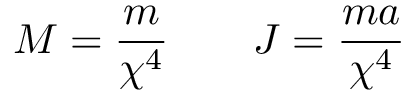
M = \frac { m } { \chi ^ { 4 } } \qquad J = \frac { m a } { \chi ^ { 4 } }